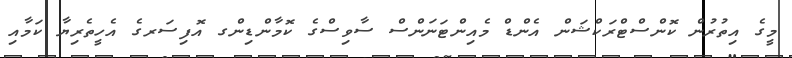
މީގެ އިތުރުން ކޮންސްޓްރަކްޝަން އެންޑް މެއިންޓަނަންސް ސާވިސްގެ ކޮމާންޑިންގ އޮފިސަރގެ އެހީތެރިޔާ ކަމާއި